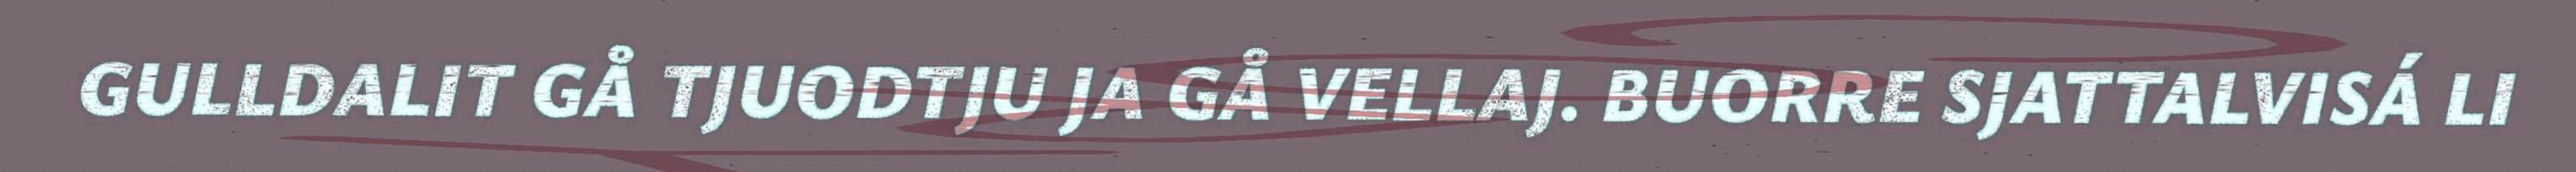
GULLDALIT GÅ TJUODTJU JA GÅ VELLAJ. BUORRE SJATTALVISÁ LI